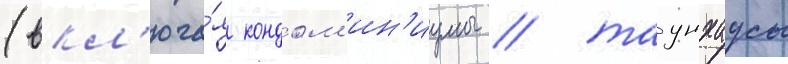
(вкл'юча́я кондом'ин'иумы / таунхаусы